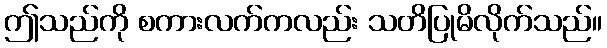
ဤသည်ကို စကားလက်ကလည်း သတိပြုမိလိုက်သည်။